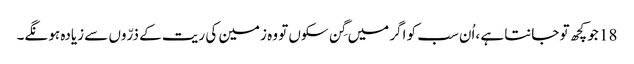
18 جو کچھ تو جانتا ہے ،اُن سب کو اگر میں گِن سکوں تو وہ زمین کی ریت کے ذرّوں سے زیادہ ہو نگے۔